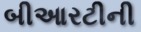
બીઆરટીની